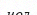
чол